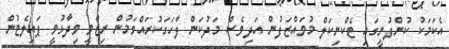
އެކަމަކު ކުންފުނީގައި ޓެކްނިކަލް މުވައްޒަފުން އަދިވެސް މަދުކަން ފާހަގަކުރައްވަމުން ރިޒްވީ ވިދާޅުވީ ޕައިލެޓުން